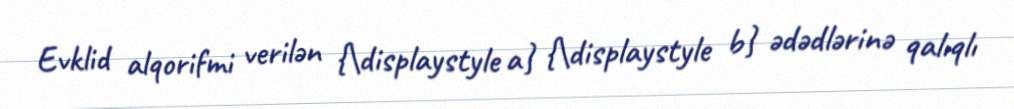
Evklid alqorifmi verilən {\displaystyle a} {\displaystyle b} ədədlərinə qalıqlı